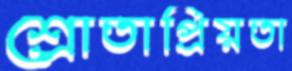
শ্রোতাপ্রিয়তা